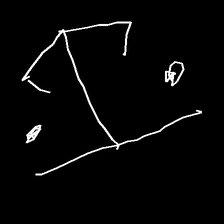
Glyph: earth